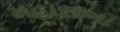
મહાસભા